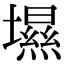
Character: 㙷